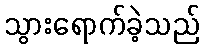
သွားရောက်ခဲ့သည်